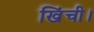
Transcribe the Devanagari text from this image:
खिंची।